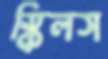
স্কিলস